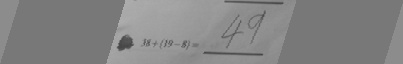
3 8 + ( 1 9 - 8 ) = 4 9